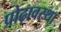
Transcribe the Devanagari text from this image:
प्रोढ़ावस्था